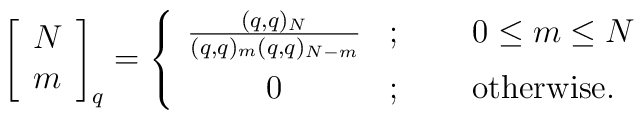
\;\;\;\left[ \begin{array}{c}N \\ m\end{array} \right]_q= \left\{ \begin{array}{cll}\frac{(q,q)_N}{(q,q)_m(q,q)_{N-m}} & ; & \;\;\;\;\;0\leq m\leq N \\[2mm]0 & ; & \;\;\;\;\;\mbox{otherwise.}\end{array} \right.